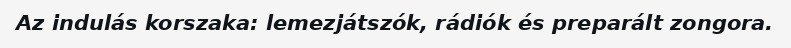
Az indulás korszaka: lemezjátszók, rádiók és preparált zongora.